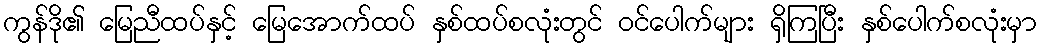
ကွန်ဒို၏ မြေညီထပ်နှင့် မြေအောက်ထပ် နှစ်ထပ်စလုံးတွင် ဝင်ပေါက်များ ရှိကြပြီး နှစ်ပေါက်စလုံးမှာ